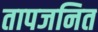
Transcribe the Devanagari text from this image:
तापजनित